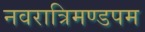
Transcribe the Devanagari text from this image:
नवरात्रिमण्डपम